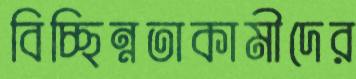
বিচ্ছিন্নতাকামীদের